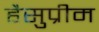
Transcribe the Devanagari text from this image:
हैसुप्रीम